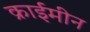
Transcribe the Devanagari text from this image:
क्राईमीन